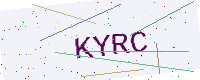
Text: KYRC